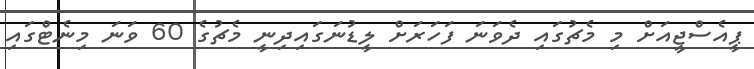
ޕީއެސްޖީއަށް މި މެޗުގައި ދެވަނަ ފަހަރަށް ލީޑުނަގައިދިނީ މެޗުގެ 60 ވަނަ މިނެޓްގައި